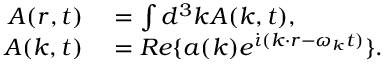
\begin{array} { r l } { \boldsymbol { A } ( \boldsymbol { r } , t ) } & { { } = \int d ^ { 3 } \boldsymbol { k } \boldsymbol { A } ( \boldsymbol { k } , t ) , } \\ { \boldsymbol { A } ( \boldsymbol { k } , t ) } & { { } = R e \{ \boldsymbol { a } ( \boldsymbol { k } ) e ^ { \dot { \iota } ( \boldsymbol { k \cdot r } - \omega _ { \boldsymbol { k } } t ) } \} . } \end{array}